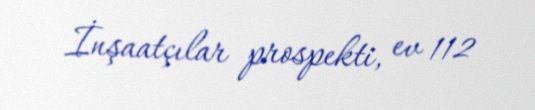
İnşaatçılar prospekti, ev 112